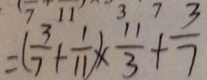
= ( \frac { 3 } { 7 } + \frac { 1 } { 1 1 } ) \times \frac { 1 1 } { 3 } + \frac { 3 } { 7 }